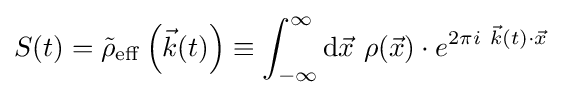
S(t)={\tilde {\rho }}_{\mathrm {eff} }\left({\vec {k}}(t)\right)\equiv \int _{-\infty }^{\infty }\mathrm {d} {\vec {x}}\ \rho ({\vec {x}})\cdot e^{2\pi i\ {\vec {k}}(t)\cdot {\vec {x}}}